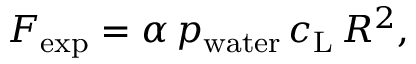
{ F } _ { \mathrm { e x p } } = \alpha \, p _ { \mathrm { w a t e r } } \, c _ { \mathrm { L } } \, R ^ { 2 } ,